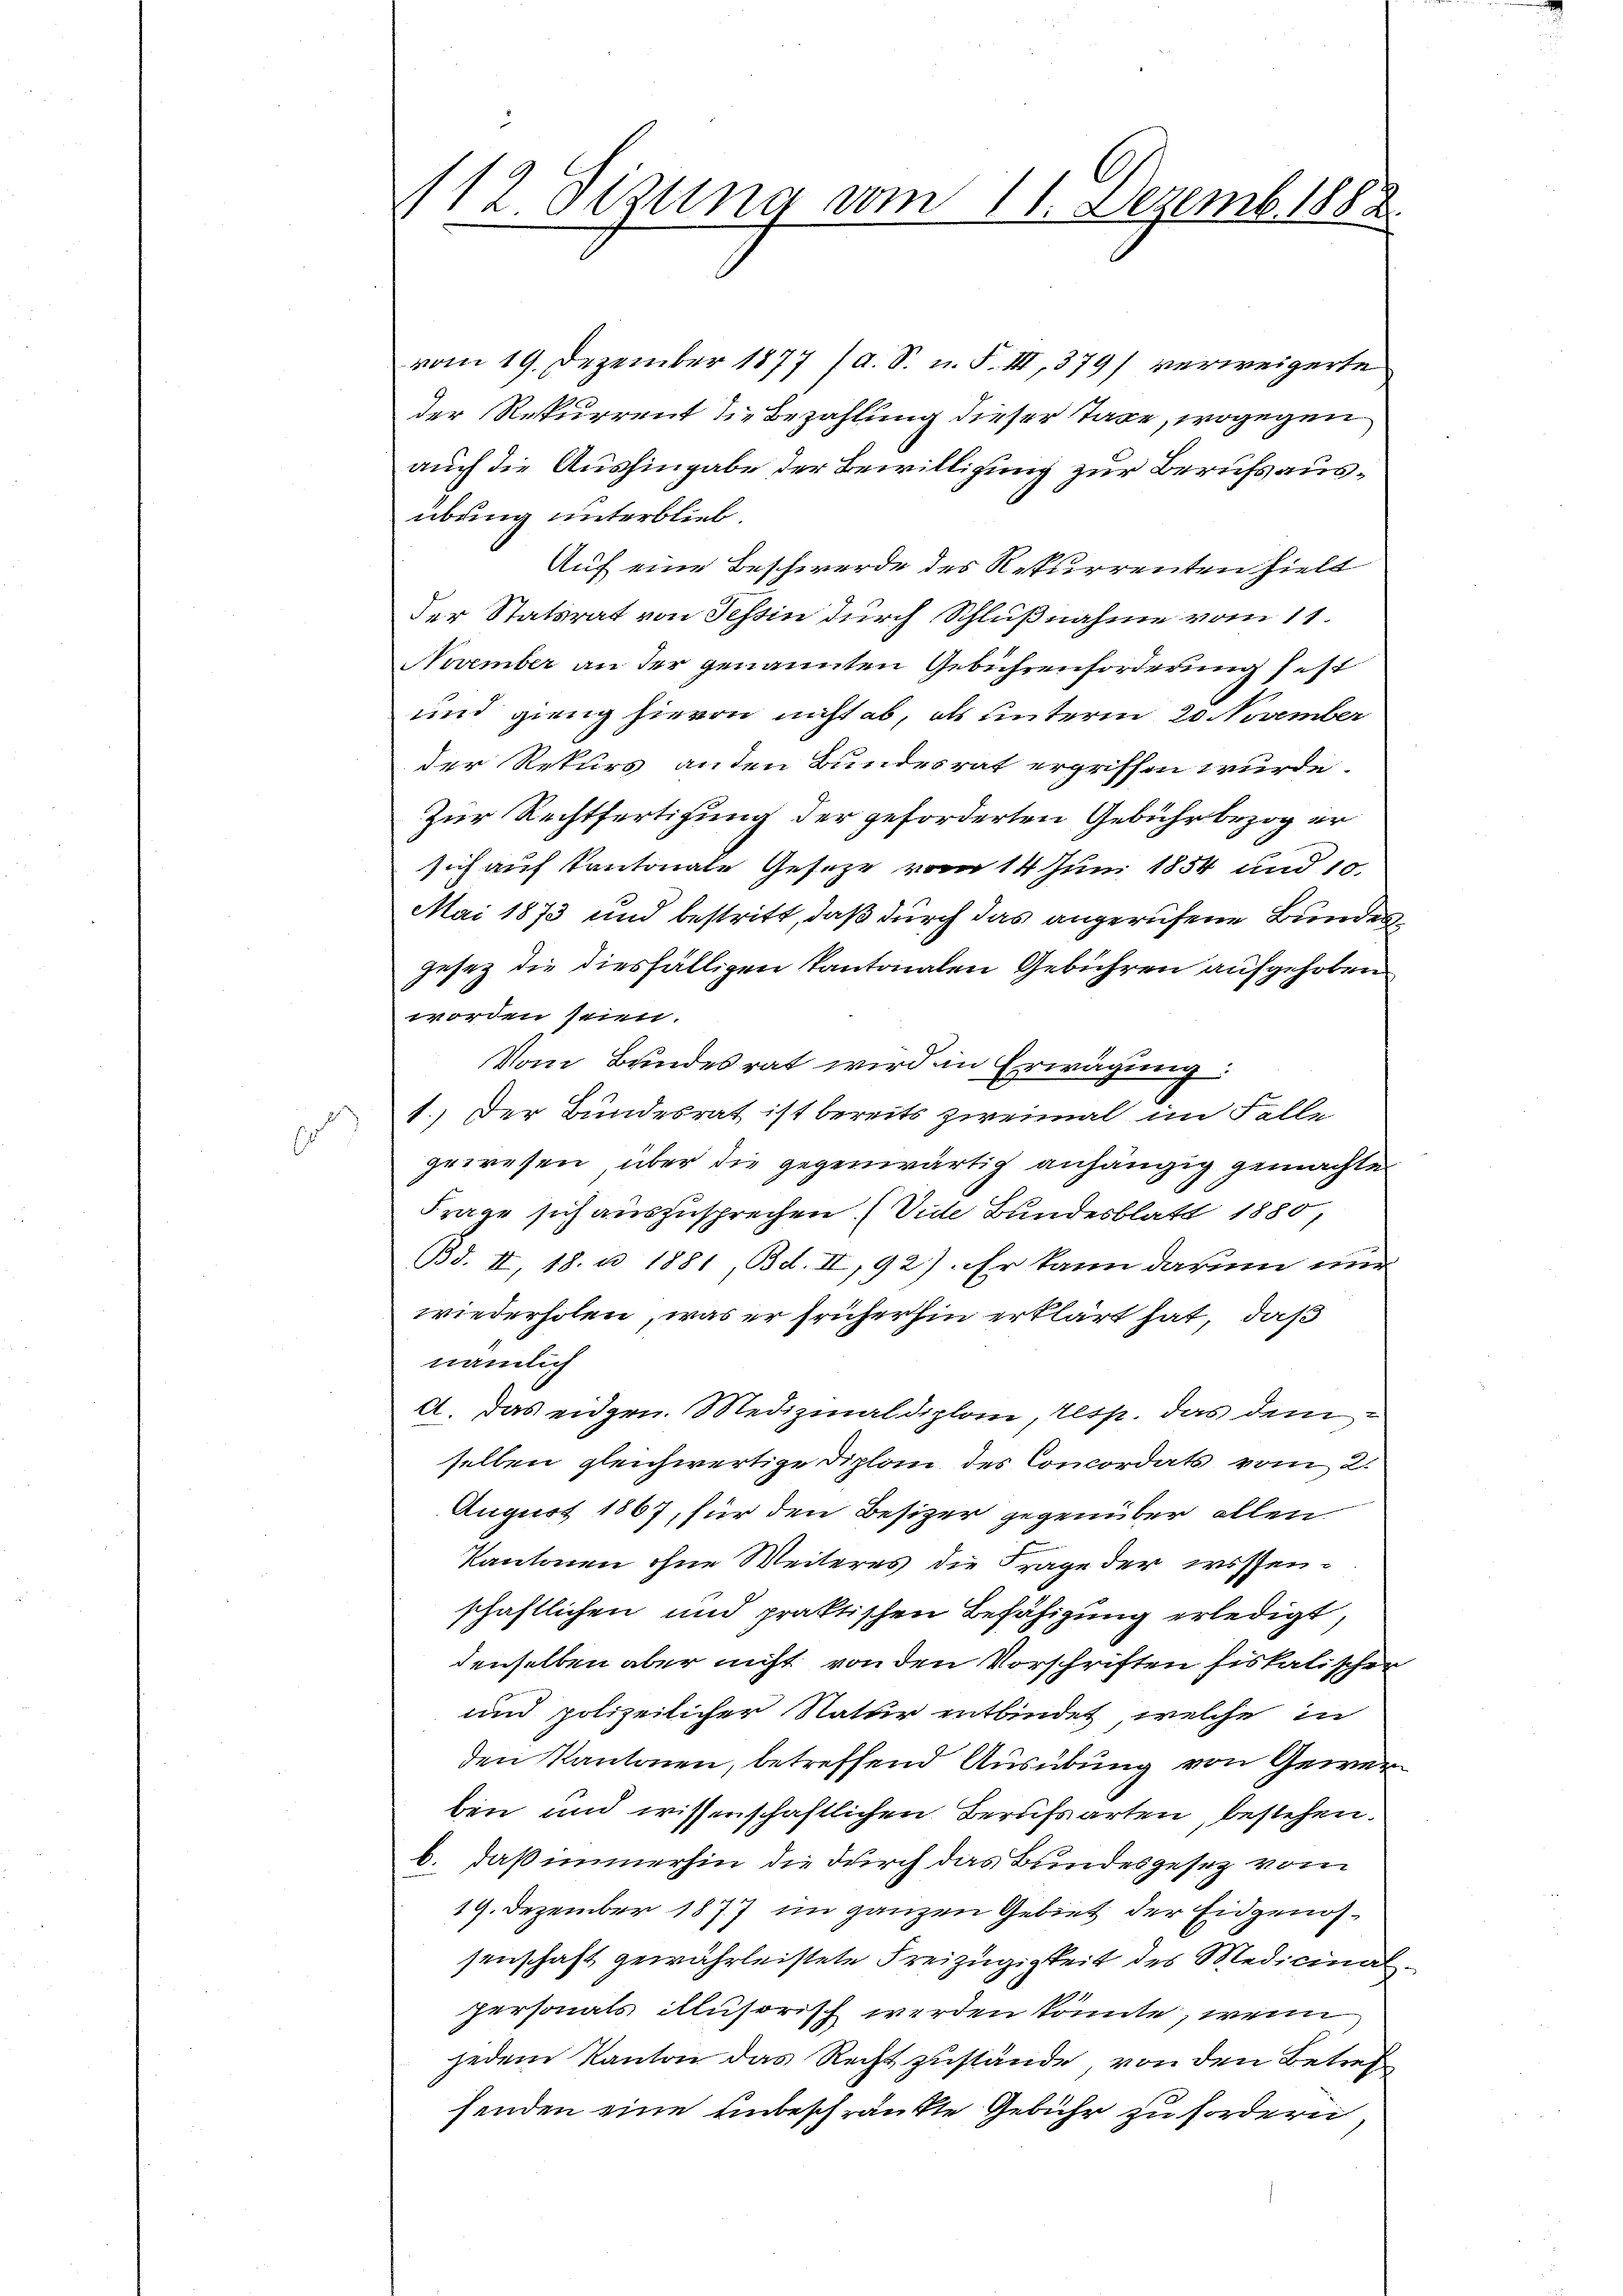
112. Sizung vom 11. Dezemb. 1882

vom 19. Dezember 1877 (a. S. n. F. III, 379) verweigerte
der Rekurrent die Bezahlung dieser Taxe, wogegen
auch die Aushingabe der Bewilligung zur Berufsausübung unterblieb.
Auf eine Beschwerde des Rekurrenten hielt
der Statsrat von Tessin durch Schlußnahme vom 11.
November an der genannten Gebührenforderung fest
und gieng hievon nicht ab, als unterm 20 November
der Rekurs anden Bundesrat ergriffen wurde.
Zur Rechtfertigung der geforderten Gebühr bezog er
sich auf Kantonale Gesetze vom 14 Juni 1854 und 10.
Mai 1873 und bestritt, daß durch das angerufene Bundesgesez die diesfälligen Kantonalen Gebühren aufgehoben
worden seien.
Vom Bundesrat wird in Erwägung:
1.) Der Bundesrat ist bereits zweimal im Felle
gewesen, über die gegenwärtig anhängig gemachten
Frage sich auszusprechen. (Vide Bundesblatt 1880,
Bd. II, 18. u. 1881 Bd. II, 92). Er kann darum nur
wiederholen, was er früherhin erklärt hat, daß
nämlich
A. Das eidgen. Medizinaldiplom, resp. das dem
selben gleichwertige Diplom des Concordats vom 2.
August 1867, für den Besizer gegenüber allen
Kantonen ohne Weiteres die Frage der wissenschaftlichen und praktischen Befähigung erledigt,
denselben aber nicht von den Vorschriften fiskalischer
und polizeilicher Natur entbindet, welche in
den Kantonen, betreffend Ausübung von Gewerben und wissenschaftlichen Berufsarten, bestehen.
b. daß immerhin die durch das Bundesgesetz vom
19. Dezember 1877 im ganzen Gebiet der Eidgenossenschaft gewährleistete Freizügigkeit des Medicinal
personals illusorisch werden könnte, wenn
jedem Kanton das Recht zustände, von den Betrefsenden eine unbeschränkte Gebühr zu fordern